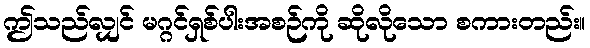
ဤသည်လျှင် မဂ္ဂင်ရှစ်ပါးအစဉ်ကို ဆိုလိုသော စကားတည်း။